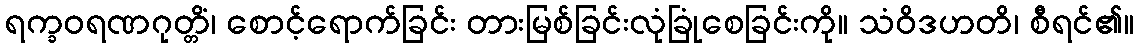
ရက္ခဝရဏဂုတ္တိံ၊ စောင့်ရောက်ခြင်း တားမြစ်ခြင်းလုံခြုံစေခြင်းကို။ သံဝိဒဟတိ၊ စီရင်၏။